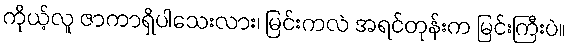
ကိုယ့်လူ ဇာကာရှိပါသေးလား၊ မြင်းကလဲ အရင်တုန်းက မြင်းကြီးပဲ။